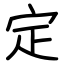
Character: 定